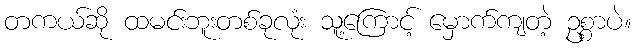
တကယ်ဆို ထမင်းဘူးတစ်ခုလုံး သူ့ကြောင့် မှောက်ကျတဲ့ ဥစ္စာပဲ။